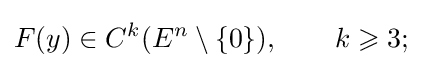
F(y)\in C^{k}(E^{n}\setminus \{0\}),\qquad k\geqslant 3;